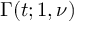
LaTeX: \Gamma ( t ; 1 , \nu )